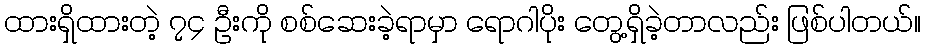
ထားရှိထားတဲ့ ၇၄ ဦးကို စစ်ဆေးခဲ့ရာမှာ ရောဂါပိုး တွေ့ရှိခဲ့တာလည်း ဖြစ်ပါတယ်။